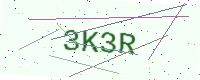
Text: 3K3R